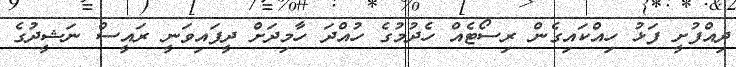
ދިއްފުށީ ފަޅު ހިއްކައިގެން ރިސޯޓެއް ހެދުމުގެ ހުއްދަ ހާމިދަށް ދީފައިވަނީ ރައީސް ނަޝީދުގެ